Civil Veterinary Dept. Bombay admin report 1923-31 - 1923-1931
Year: 1923
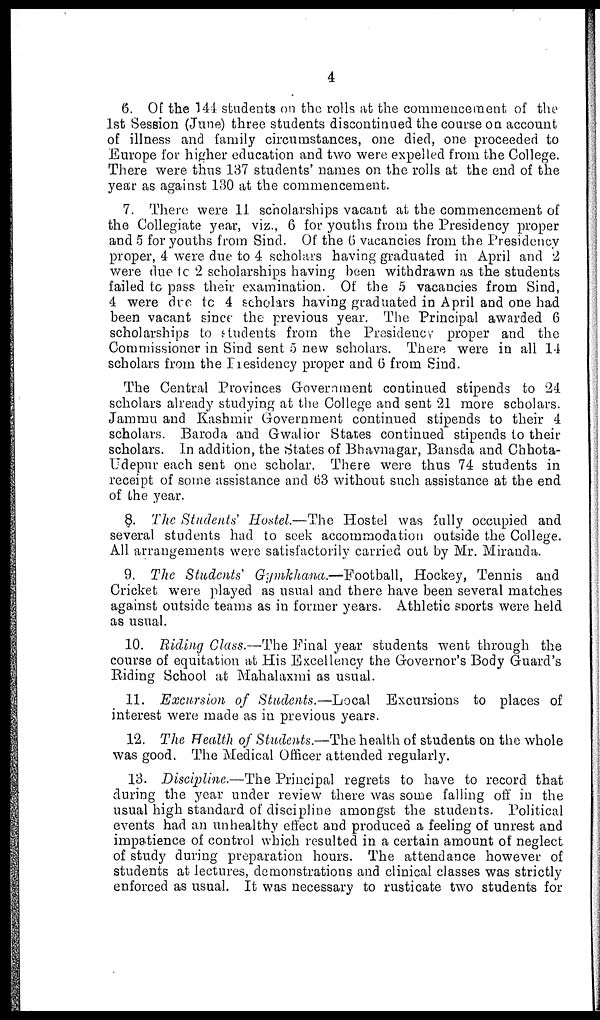
4
6. Of the 144 students on the rolls at the commencement of the
1st Session (June) three students discontinued the course on account
of illness and family circumstances, one died, one proceeded to
Europe for higher education and two were expelled from the College.
There were thus 137 students' names on the rolls at the end of the
year as against 130 at the commencement.
7. There were 11 scholarships vacant at the commencement of
the Collegiate year, viz., 6 for youths from the Presidency proper
and 5 for youths from Sind. Of the 6 vacancies from the Presidency
proper, 4 were due to 4 scholars having graduated in April and 2
were due to 2 scholarships having been withdrawn as the students
failed to pass their examination. Of the 5 vacancies from Sind,
4 were due to 4 scholars having graduated in April and one had
been vacant since the previous year. The Principal awarded 6
scholarships to students from the Presidency proper and the
Commissioner in Sind sent 5 new scholars. There were in all 14
scholars from the Presidency proper and 6 from Sind.
The Central Provinces Government continued stipends to 24
scholars already studying at the College and sent 21 more scholars.
Jammu and Kashmir Government continued stipends to their 4
scholars. Baroda and Gwalior States continued stipends to their
scholars. In addition, the States of Bhavnagar, Bansda and Chhota-
Udepur each sent one scholar. There were thus 74 students in
receipt of some assistance and 63 without such assistance at the end
of the year.
8. The Students' Hostel.—The Hostel was fully occupied and
several students had to seek accommodation outside the College.
All arrangements were satisfactorily carried out by Mr. Miranda.
9. The Students Gymkhana.—Football, Hockey, Tennis and
Cricket were played as usual and there have been several matches
against outside teams as in former years. Athletic sports were held
as usual.
10. Riding Class.—The Final year students went through the
course of equitation at His Excellency the Governor's Body Guard's
Riding School at Mahalaxmi as usual.
11. Excursion of Students.—Local
Excursions to places of
interest were made as in previous years.
12. The Health of Students.—The health of students on the whole
was good. The Medical Officer attended regularly.
13. Discipline.—The Principal regrets to have to record that
during the year under review there was some falling off in the
usual high standard of discipline amongst the students. Political
events had an unhealthy effect and produced a feeling of unrest and
impatience of control which resulted in a certain amount of neglect
of study during preparation hours. The attendance however of
students at lectures, demonstrations and clinical classes was strictly
enforced as usual. It was necessary to rusticate two students for